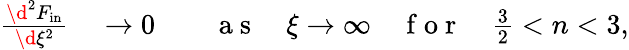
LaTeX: \begin{array}{rlrl}{\frac{\d^{2}F_{\mathrm{in}}}{\d\xi^{2}}}&{{}\to 0}&{}&{{}\mathrm{~a~s~}\quad\xi\to\infty\quad\mathrm{~f~o~r~}\quad\frac 32<n<3,}\end{array}